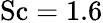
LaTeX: \mathrm{Sc}=1.6